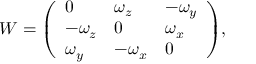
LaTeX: W = { \left( \begin{array} { l l l } { 0 } & { \omega _ { z } } & { - \omega _ { y } } \\ { - \omega _ { z } } & { 0 } & { \omega _ { x } } \\ { \omega _ { y } } & { - \omega _ { x } } & { 0 } \end{array} \right) } ,